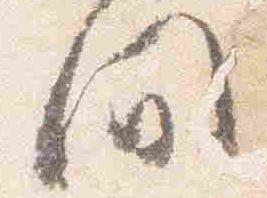
間